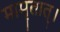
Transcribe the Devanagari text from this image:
मामृतात्‌।